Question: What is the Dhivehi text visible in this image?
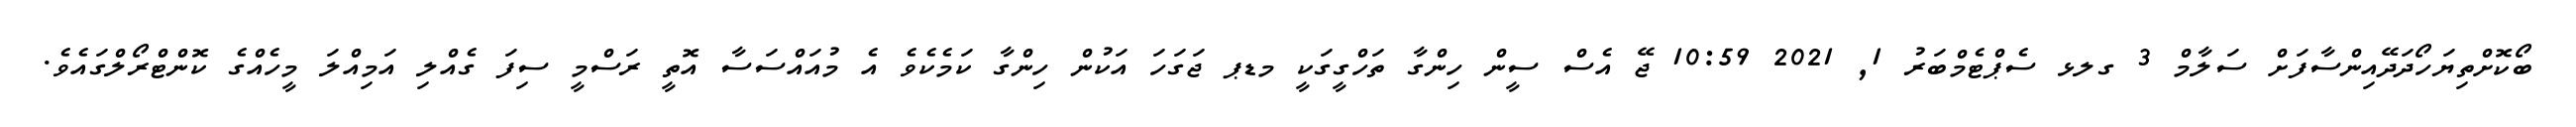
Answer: ބޯކޮށްތިޔަހޯދަދޭއިންސާފަށް ސަލާމް 3 ގލޅ ސެޕްޓެމްބަރު 1, 2021 10:59 ޖޭ އެސް ސީން ހިންގާ ތަހްގީގަކީ މޑޕ ޖަގަހަ އަކުން ހިންގާ ކަމެކެވެ އެ މުއައްސަސާ އޮތީ ރަސްމީ ސިފަ ގެއްލި އަމިއްލަ މީހެއްގެ ކޮންޓްރޯލްގައެވެ.